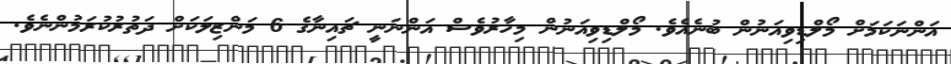
އަންނަކަމަށް މޯލްޑިވިއަނުން ބުނެއެވެ. މޯލްޑިވިއަނުން މިހާރުވެސް އަންނަނީ ޗައިނާގެ 6 މަންޒިލަކަށް ދަތުރުކުރަމުންނެވެ.